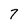
Character: 7